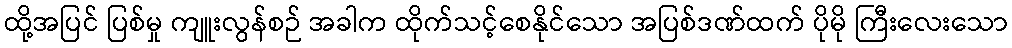
ထို့အပြင် ပြစ်မှု ကျူးလွန်စဉ် အခါက ထိုက်သင့်စေနိုင်သော အပြစ်ဒဏ်ထက် ပိုမို ကြီးလေးသော